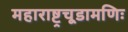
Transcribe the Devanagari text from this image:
महाराष्ट्रचूडामणिः